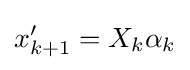
x'_{k+1}=X_{k}\alpha _{k}